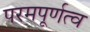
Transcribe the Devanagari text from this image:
परमपूर्णत्व